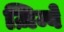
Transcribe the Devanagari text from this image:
ज़िम्बे